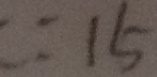
: 1 5